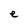
Character: e